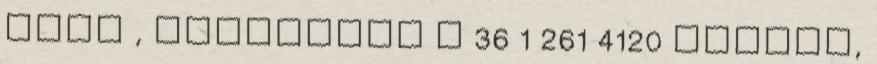
link , telefonon a 36 1 261 4120 számon,